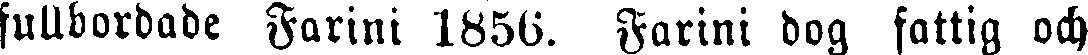
fullbordade Farini 1856. Farini dog fattig och